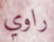
راوي